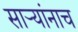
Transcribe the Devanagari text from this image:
साऱ्यांनाच